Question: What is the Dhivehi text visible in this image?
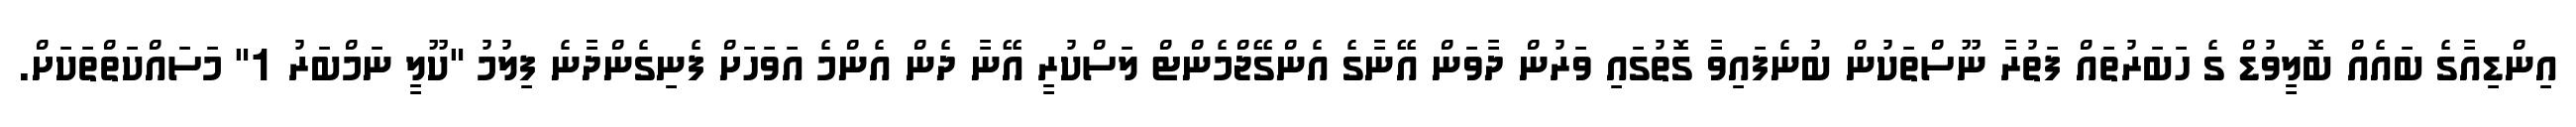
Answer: އިންޑިއާގެ ބައެއް ބޮލީވުޑް ގެ ހަބަރުތައް ފަތުރާ ނޫސްތަކުން ބުނެފައިވާ ގޮތުގައި ވަރުން ދާވަން އޭނާގެ އެންގޭޖްމެންޓް ލަސްކުރީ އޭނާ ދެން އެންމެ އަވަހަށް ފެނިގެންދާނެ ފިލުމު "ކޫލީ ނަމްބަރު 1" މަސައްކަތްތަކަށް.